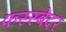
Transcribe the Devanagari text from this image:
फस्स्बेंदर